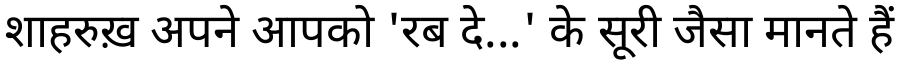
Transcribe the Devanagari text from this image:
शाहरुख़ अपने आपको 'रब दे...' के सूरी जैसा मानते हैं